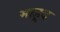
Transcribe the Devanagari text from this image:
माहूद